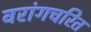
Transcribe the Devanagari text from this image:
वरांगचरित